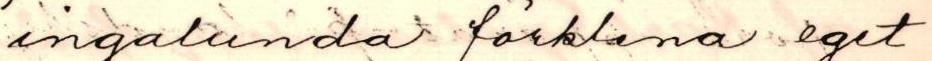
ingalunda förklara eget